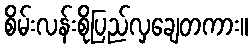
စိမ်းလန်းစိုပြည်လှချေတကား။